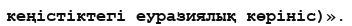
кеңістіктегі еуразиялық көрініс)».